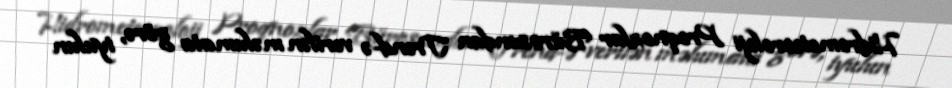
Hidrometeoroloji Proqnozlar Bürosundan Trend-ə verilən məlumata görə, iyulun